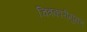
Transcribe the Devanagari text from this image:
चित्रकारीयुक्त